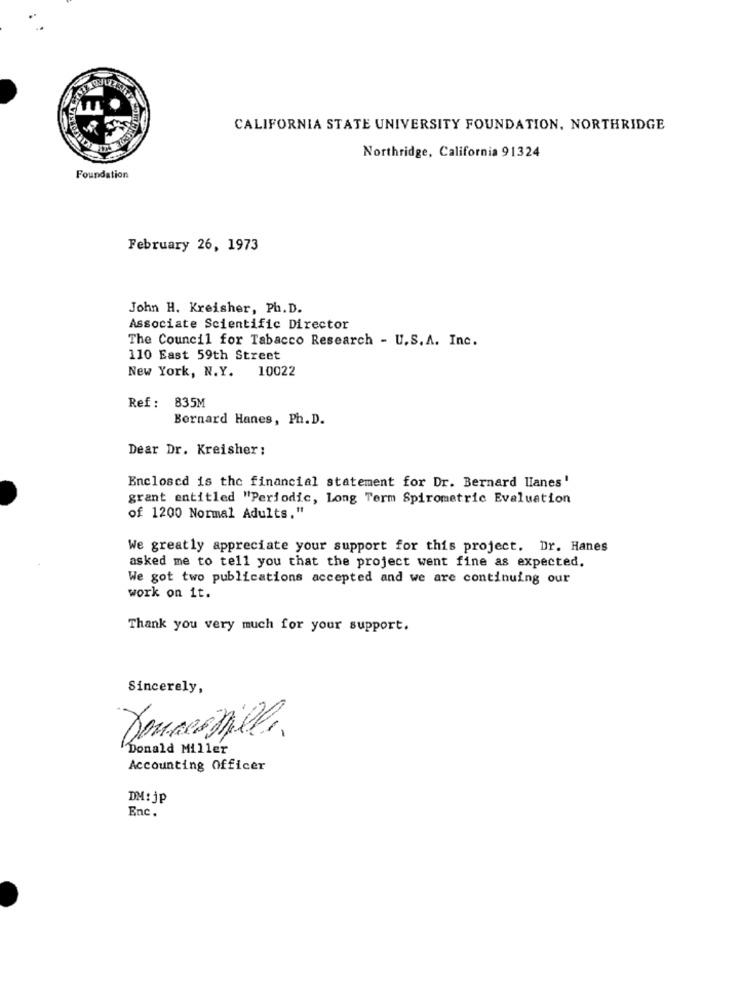
CALIFORNIA STATE UNIVERSITY FOUNDATION, NORTHRIDGE
Northridge, California 91324
Foundation
February 26, 1973
John H. Kreisher, Ph. D.
Associate Scientific Director
The Council for Tabacco Research - U.S. A. Inc.
110 East 59th Street
New York, N.Y.
10022
Ref : 835M
Bornard Hanes, Ph. D.
Dear Dr. Kreisher :
Enclosed is the financial statement for Dr. Bernard Hanes'
grant entitled "Periodic, Long Term Spirometric Evaluation
of 1200 Normal Adults."
We greatly appreciate your support for this project. Dr. Hanes
asked me to tell you that the project went fine as expected.
We got two publications accepted and we are continuing our
work on it.
Thank you very much for your support.
Sincerely,
Douceshille.
Donald Miller
Accounting Officer
DM:jp
Enc.